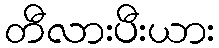
တီလားပီးယား